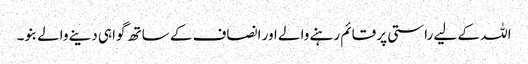
اللہ کے لیے راستی پر قائم رہنے والے اور انصاف کے ساتھ گواہی دینے والے بنو۔